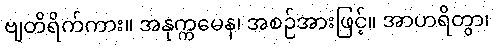
ဗျတိရိက်ကား။ အနုက္ကမေန၊ အစဉ်အားဖြင့်။ အာဟရိတွာ၊